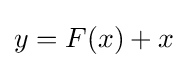
{\textstyle y=F(x)+x}